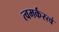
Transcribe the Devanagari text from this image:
त्वमर्कस्त्वं